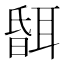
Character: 𦖞